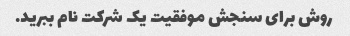
روش برای سنجش موفقیت یک شرکت نام ببرید.